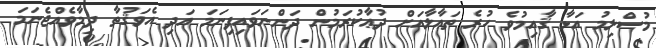
މުސްލިމު އަޅާ ޤާއިމުވެ ހުރެ ތަޢާލާއަށް ދުޢާކުރަމުން ދަންނަވައިފިނަމަ އަދި އެވަޤުތާ ދިމާވެއްޖެނަމަ